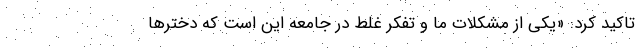
تاکید کرد: «یکی از مشکلات ما و تفکر غلط در جامعه این است که دخترها